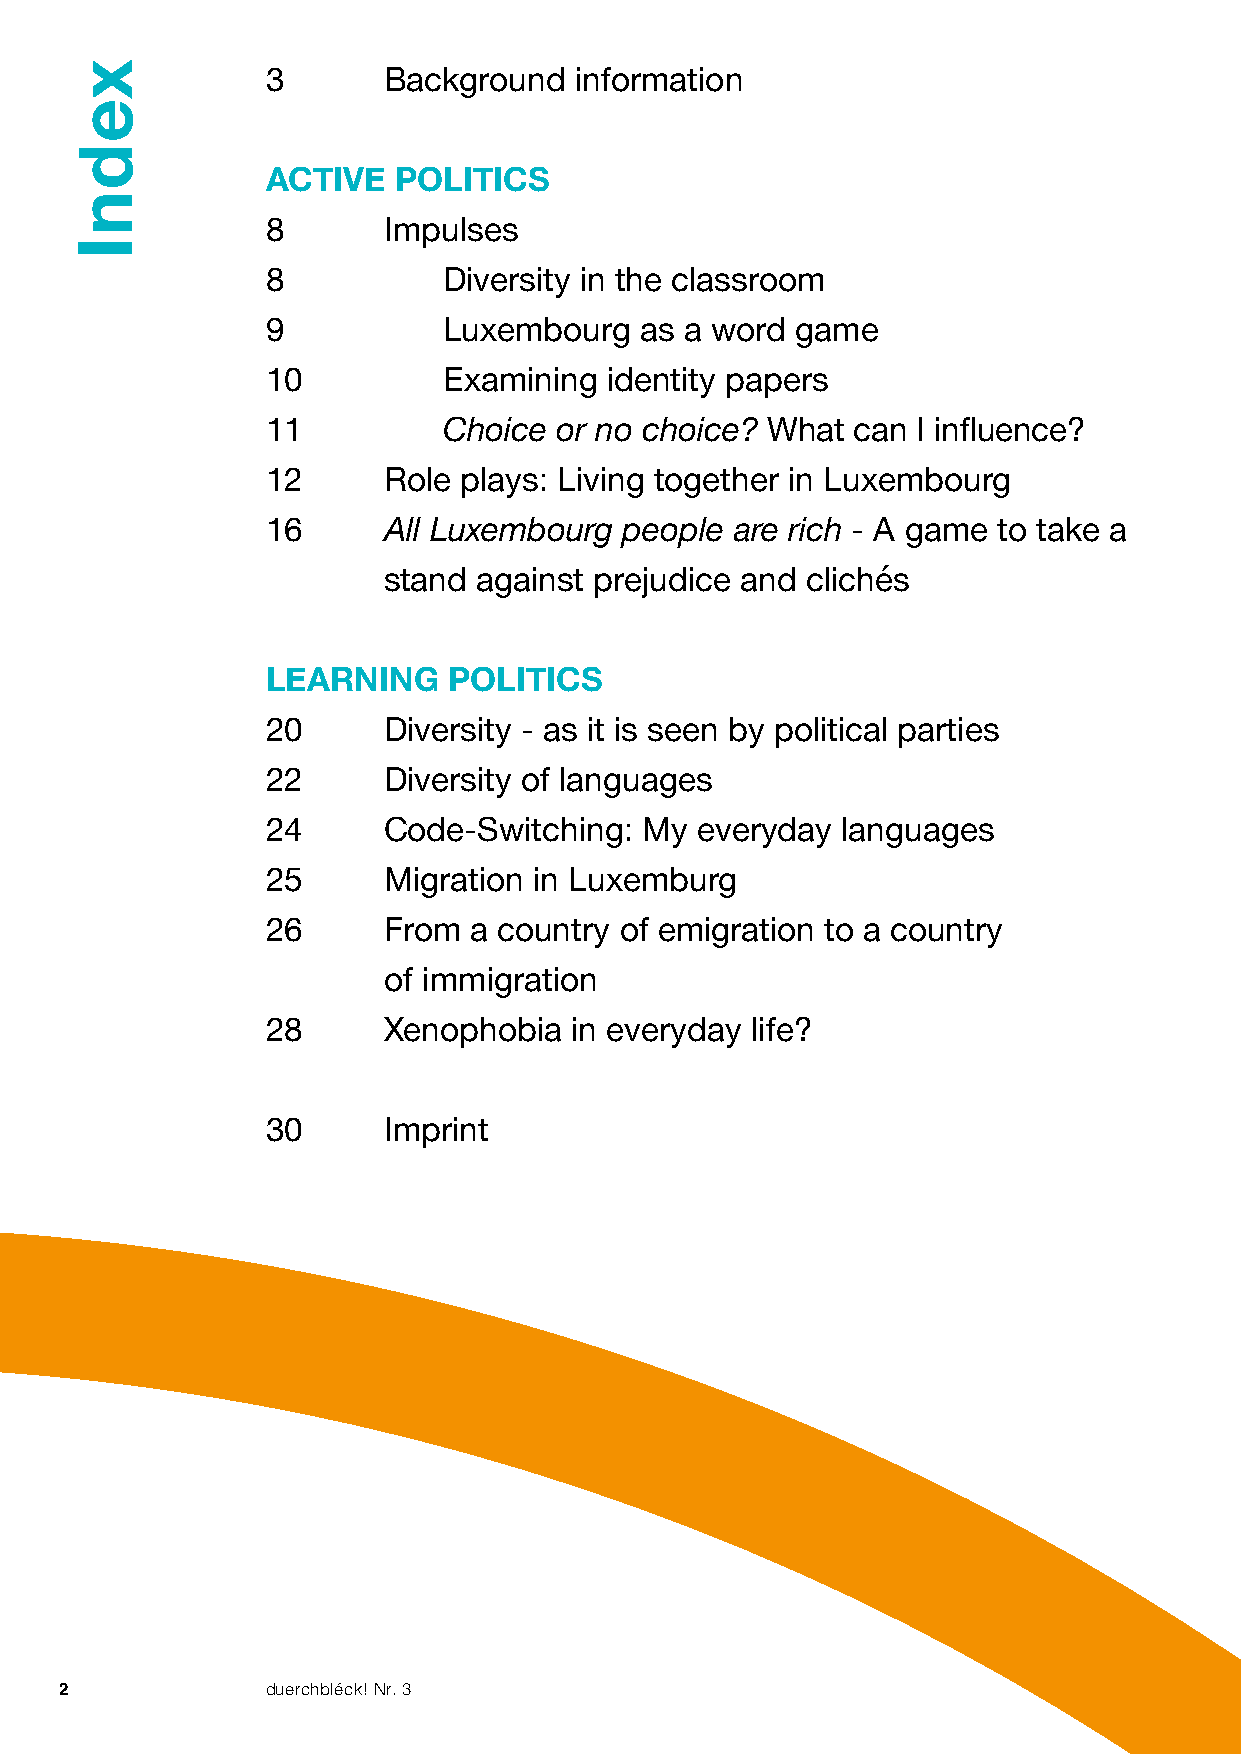
3      Background   information
 ACTIVE  POLITICS
 8      Impulses
 8          Diversity in the classroom
 9          Luxembourg   as a word  game
 10         Examining  identity papers
 11         Choice  or no choice? What can  I influence?
 12     Role plays: Living together in Luxembourg
 16     A ll Luxembourg people  are rich - A game to take a
 stand  against prejudice and clichés
 LEARNING    POLITICS
 20     Diversity - as it is seen by political parties
 22     Diversity of languages
 24     Code-Switching:   My everyday  languages
 25     Migration in Luxemburg
 26     F rom a country of emigration to a country
 of immigration
 28     Xenophobia   in everyday life?
 30     Imprint
 2             duerchbléck! Nr. 3
 xednI